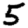
Digit: 5